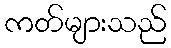
ကတ်များသည်